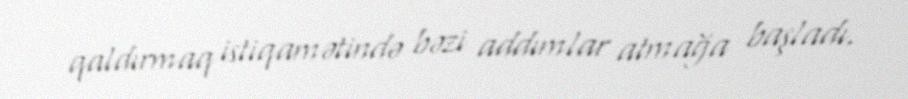
qaldırmaq istiqamətində bəzi addımlar atmağa başladı.